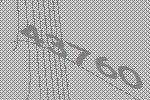
43760